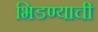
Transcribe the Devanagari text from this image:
भिडण्याची